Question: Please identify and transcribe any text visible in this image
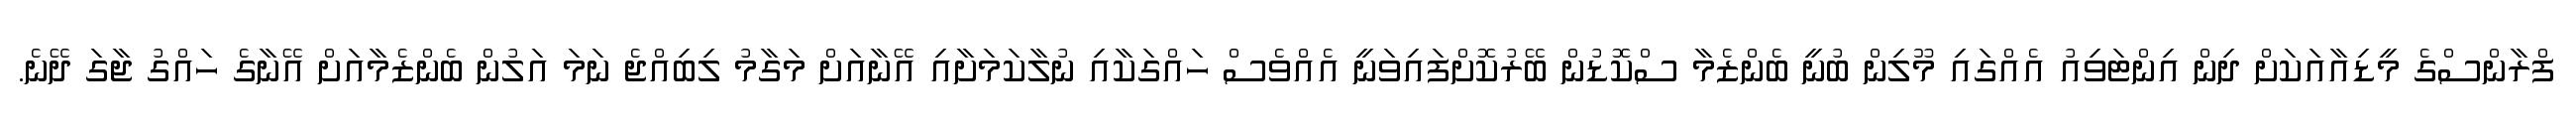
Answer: ފްރާންސްގެ މީޑިއާއަކަށް ދިން އިންޓަވިއު އެއްގައި މޫލިން ބުނީ ބެންޒެމާ ސްކޮޑުން ބޭރުކޮށްފައިވަނީ އެއްވެސް ހައްގަކާއި ނުލާކަމަށާއި އޭނާއަށް މަގާމު ލިބިއްޖެ ނަމަ އަލުން ބެންޒެމާއަށް އޭނާގެ ހައްގު ޖާގަ ދޭނެ.